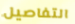
التفاصيل